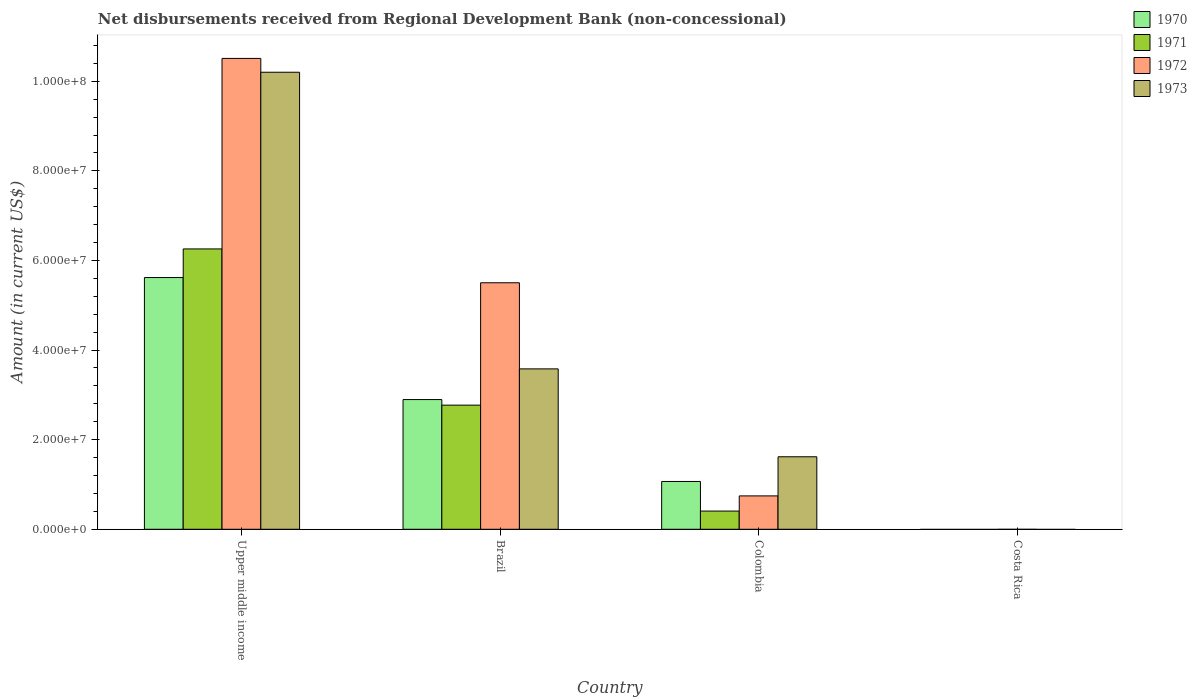
| Country | 1970 | 1971 | 1972 | 1973 |
 | --- | --- | --- | --- | --- |
 | Upper middle income | 5.62e+07 | 6.26e+07 | 1.05e+08 | 1.02e+08 |
 | Brazil | 2.9e+07 | 2.77e+07 | 5.5e+07 | 3.58e+07 |
 | Colombia | 1.07e+07 | 4.06e+06 | 7.45e+06 | 1.62e+07 |
 | Costa Rica | -9.26e+05 | -4.4e+05 | -2e+04 | -8.44e+05 |